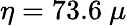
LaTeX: \eta=73.6~\mu